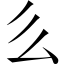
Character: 𠂓